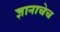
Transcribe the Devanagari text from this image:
ज्ञानाचेच